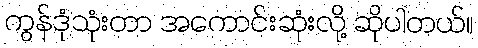
ကွန်ဒုံသုံးတာ အကောင်းဆုံးလို့ ဆိုပါတယ်။